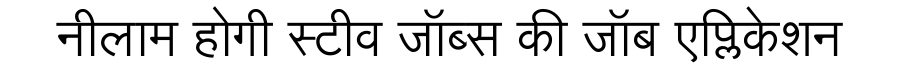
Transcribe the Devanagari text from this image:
नीलाम होगी स्टीव जॉब्स की जॉब एप्लिकेशन